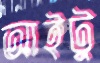
আইটু